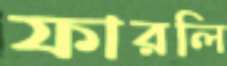
ফারলি